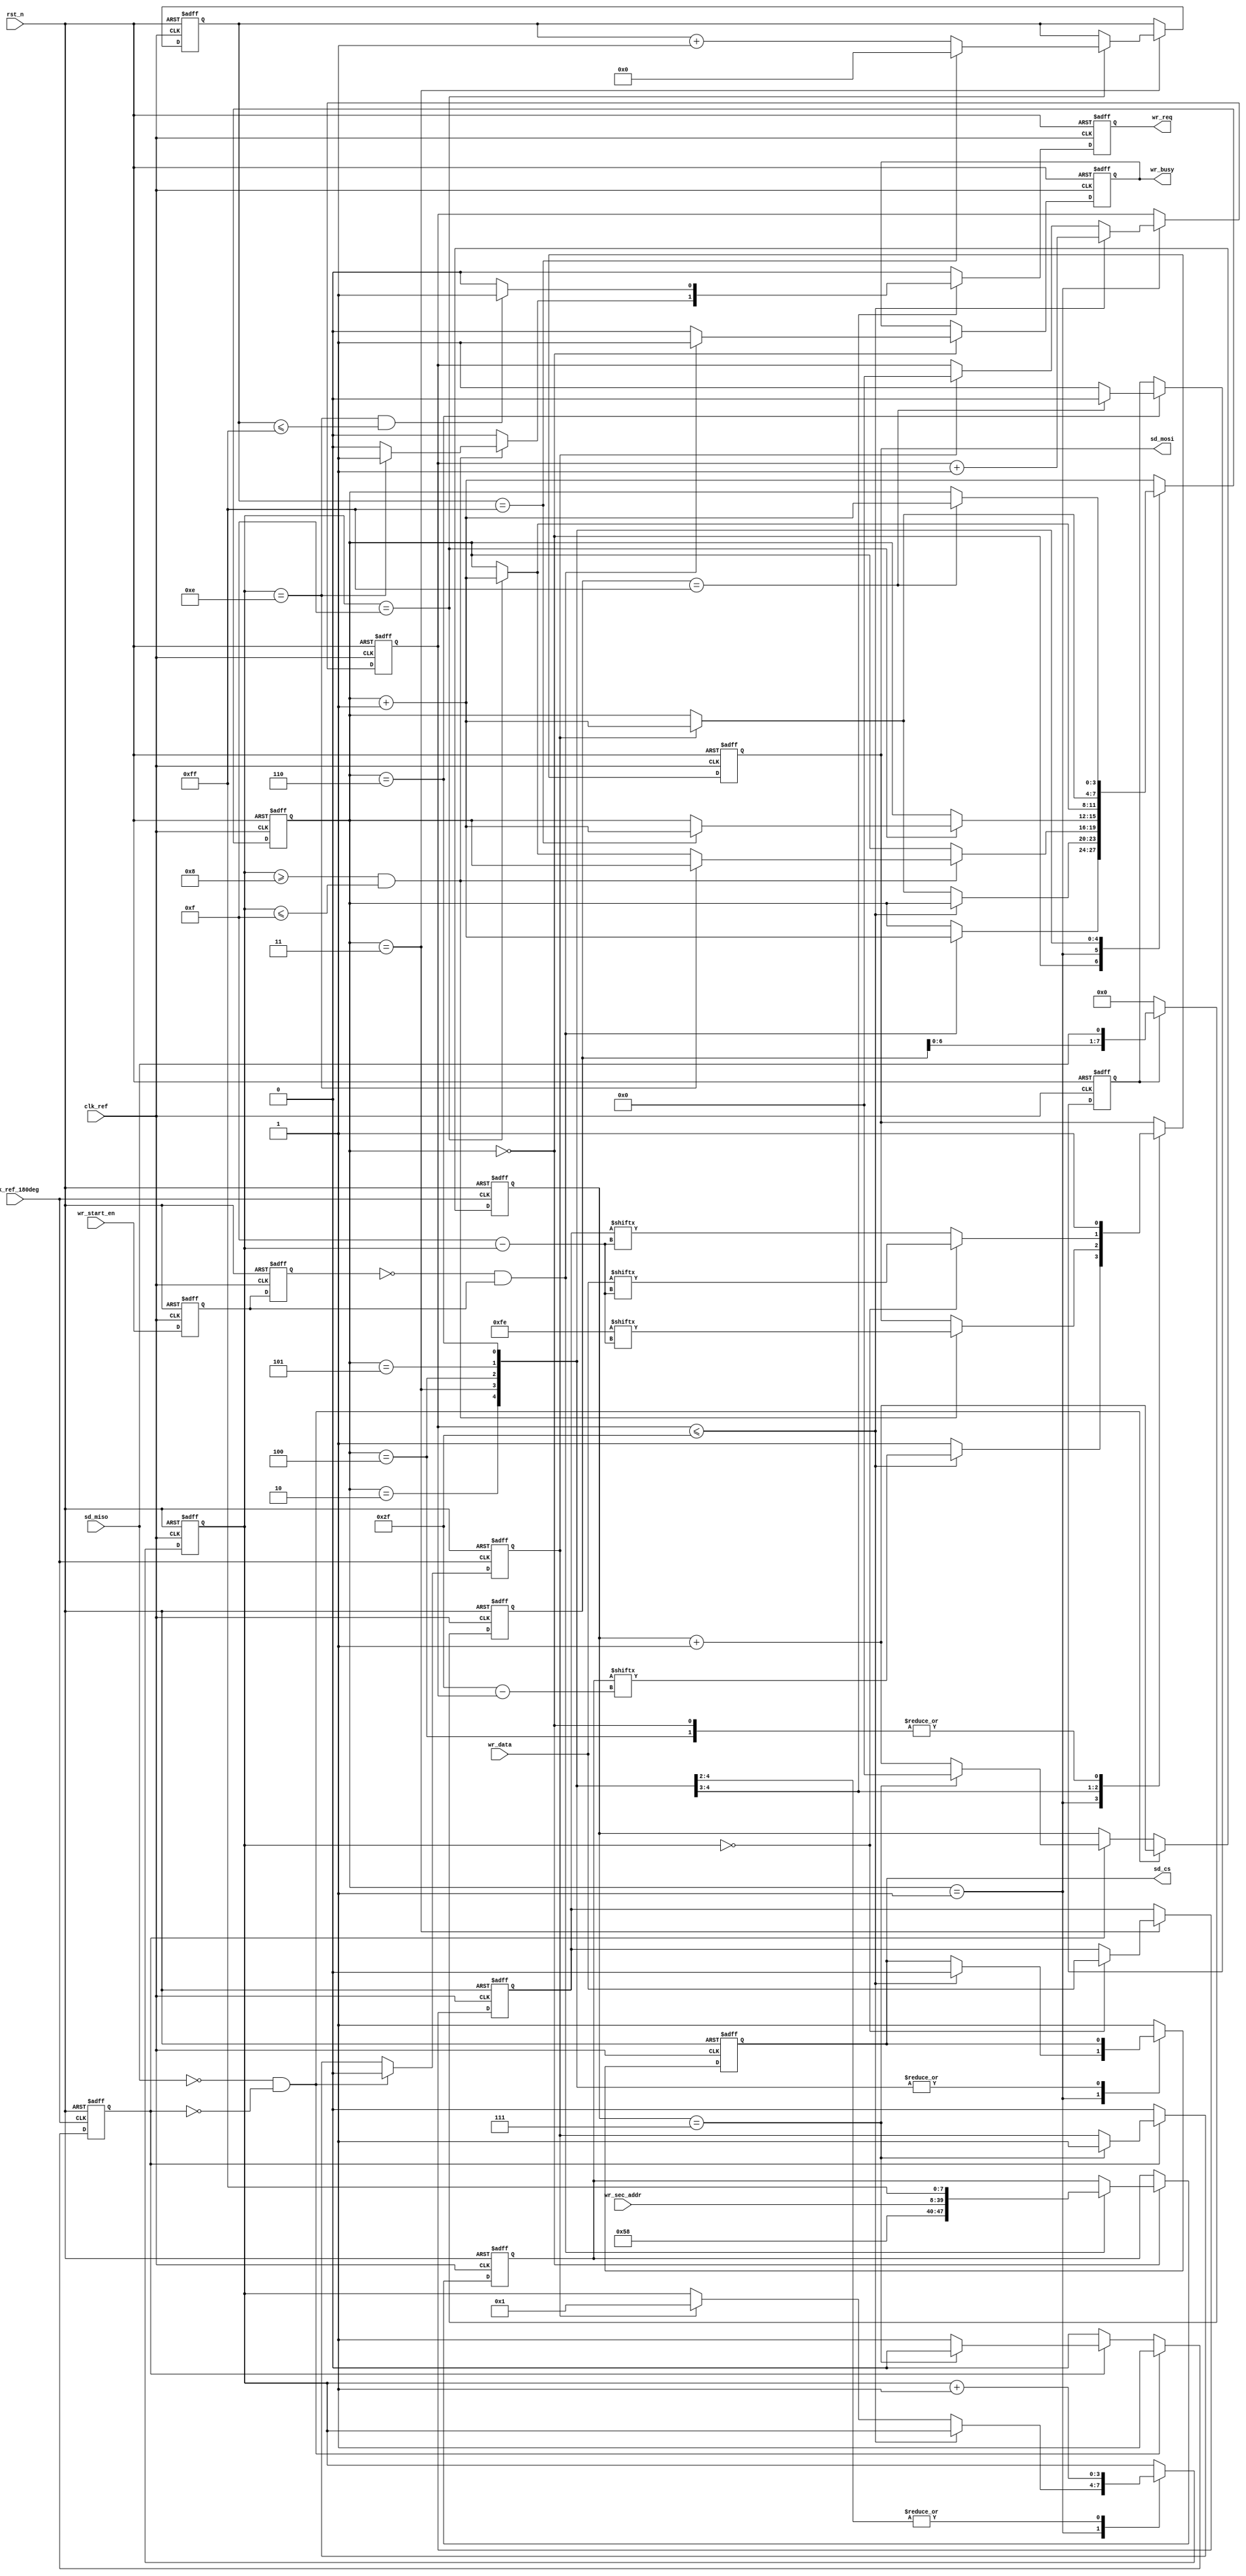
//****************************************Copyright (c)***********************************//
//www.openedv.com
//http://openedv.taobao.com 
//""FPGA & STM32
//
//Copyright(C)  2018-2028
//All rights reserved                               
//----------------------------------------------------------------------------------------
// File name:           sd_write
// Last modified Date:  2018/3/18 8:41:06
// Last Version:        V1.0
// Descriptions:        SD
//----------------------------------------------------------------------------------------
// Created by:          
// Created date:        2018/3/18 8:41:06
// Version:             V1.0
// Descriptions:        The original version
//
//----------------------------------------------------------------------------------------
//****************************************************************************************//

module sd_write(
    input                clk_ref       ,  //
    input                clk_ref_180deg,  //,clk_ref180
    input                rst_n         ,  //,
    //SD
    input                sd_miso       ,  //SDSPI
    output  reg          sd_cs         ,  //SDSPI
    output  reg          sd_mosi       ,  //SDSPI
    //    
    input                wr_start_en   ,  //SD
    input        [31:0]  wr_sec_addr   ,  //
    input        [15:0]  wr_data       ,  //                          
    output  reg          wr_busy       ,  //
    output  reg          wr_req           //
    );

//parameter define
parameter  HEAD_BYTE = 8'hfe    ;         //
                             
//reg define                    
reg            wr_en_d0         ;         //wr_start_en
reg            wr_en_d1         ;   
reg            res_en           ;         //SD      
reg    [7:0]   res_data         ;         //SD                 
reg            res_flag         ;         //
reg    [5:0]   res_bit_cnt      ;         //                   
                                
reg    [3:0]   wr_ctrl_cnt      ;         //
reg    [47:0]  cmd_wr           ;         //
reg    [5:0]   cmd_bit_cnt      ;         //
reg    [3:0]   bit_cnt          ;         //
reg    [8:0]   data_cnt         ;         //
reg    [15:0]  wr_data_t        ;         //
reg            detect_done_flag ;         //
reg    [7:0]   detect_data      ;         //

//wire define
wire           pos_wr_en        ;         //SD

//*****************************************************
//**                    main code
//*****************************************************

assign  pos_wr_en = (~wr_en_d1) & wr_en_d0;

//wr_start_en
always @(posedge clk_ref or negedge rst_n) begin
    if(!rst_n) begin
        wr_en_d0 <= 1'b0;
        wr_en_d1 <= 1'b0;
    end    
    else begin
        wr_en_d0 <= wr_start_en;
        wr_en_d1 <= wr_en_d0;
    end        
end 

//sd
//clk_ref_180deg(sd_clk)
always @(posedge clk_ref_180deg or negedge rst_n) begin
    if(!rst_n) begin
        res_en <= 1'b0;
        res_data <= 8'd0;
        res_flag <= 1'b0;
        res_bit_cnt <= 6'd0;
    end    
    else begin
        //sd_miso = 0 
        if(sd_miso == 1'b0 && res_flag == 1'b0) begin
            res_flag <= 1'b1;
            res_data <= {res_data[6:0],sd_miso};
            res_bit_cnt <= res_bit_cnt + 6'd1;
            res_en <= 1'b0;
        end    
        else if(res_flag) begin
            res_data <= {res_data[6:0],sd_miso};
            res_bit_cnt <= res_bit_cnt + 6'd1;
            if(res_bit_cnt == 6'd7) begin
                res_flag <= 1'b0;
                res_bit_cnt <= 6'd0;
                res_en <= 1'b1; 
            end                
        end  
        else
            res_en <= 1'b0;       
    end
end 

//SD
always @(posedge clk_ref or negedge rst_n) begin
    if(!rst_n)
        detect_data <= 8'd0;   
    else if(detect_done_flag)
        detect_data <= {detect_data[6:0],sd_miso};
    else
        detect_data <= 8'd0;    
end        

//SD
always @(posedge clk_ref or negedge rst_n) begin
    if(!rst_n) begin
        sd_cs <= 1'b1;
        sd_mosi <= 1'b1; 
        wr_ctrl_cnt <= 4'd0;
        wr_busy <= 1'b0;
        cmd_wr <= 48'd0;
        cmd_bit_cnt <= 6'd0;
        bit_cnt <= 4'd0;
        wr_data_t <= 16'd0;
        data_cnt <= 9'd0;
        wr_req <= 1'b0;
        detect_done_flag <= 1'b0;
    end
    else begin
        wr_req <= 1'b0;
        case(wr_ctrl_cnt)
            4'd0 : begin
                wr_busy <= 1'b0;                          //
                sd_cs <= 1'b1;                                 
                sd_mosi <= 1'b1;                               
                if(pos_wr_en) begin                            
                    cmd_wr <= {8'h58,wr_sec_addr,8'hff};    //CMD24
                    wr_ctrl_cnt <= wr_ctrl_cnt + 4'd1;      //1
                    //,
                    wr_busy <= 1'b1;                      
                end                                            
            end   
            4'd1 : begin
                if(cmd_bit_cnt <= 6'd47) begin              //
                    cmd_bit_cnt <= cmd_bit_cnt + 6'd1;
                    sd_cs <= 1'b0;
                    sd_mosi <= cmd_wr[6'd47 - cmd_bit_cnt]; //                 
                end    
                else begin
                    sd_mosi <= 1'b1;
                    if(res_en) begin                        //SD
                        wr_ctrl_cnt <= wr_ctrl_cnt + 4'd1;  //1 
                        cmd_bit_cnt <= 6'd0;
                        bit_cnt <= 4'd1;
                    end    
                end     
            end                                                                                                     
            4'd2 : begin                                       
                bit_cnt <= bit_cnt + 4'd1;     
                //bit_cnt = 0~7 8
                //bit_cnt = 8~15,8'hfe        
                if(bit_cnt>=4'd8 && bit_cnt <= 4'd15) begin
                    sd_mosi <= HEAD_BYTE[4'd15-bit_cnt];    //
                    if(bit_cnt == 4'd14)                       
                        wr_req <= 1'b1;                   //
                    else if(bit_cnt == 4'd15)                  
                        wr_ctrl_cnt <= wr_ctrl_cnt + 4'd1;  //1   
                end                                            
            end                                                
            4'd3 : begin                                    //
                bit_cnt <= bit_cnt + 4'd1;                     
                if(bit_cnt == 4'd0) begin                      
                    sd_mosi <= wr_data[4'd15-bit_cnt];      //     
                    wr_data_t <= wr_data;                   //   
                end                                            
                else                                           
                    sd_mosi <= wr_data_t[4'd15-bit_cnt];    //
                if((bit_cnt == 4'd14) && (data_cnt <= 9'd255)) 
                    wr_req <= 1'b1;                          
                if(bit_cnt == 4'd15) begin                     
                    data_cnt <= data_cnt + 9'd1;  
                    //BLOCK512 = 256 * 16bit             
                    if(data_cnt == 9'd255) begin
                        data_cnt <= 9'd0;            
                        //,1          
                        wr_ctrl_cnt <= wr_ctrl_cnt + 4'd1;      
                    end                                        
                end                                            
            end       
            //2CRC,SPI,8'hff                                         
            4'd4 : begin                                       
                bit_cnt <= bit_cnt + 4'd1;                  
                sd_mosi <= 1'b1;                 
                //crc,1              
                if(bit_cnt == 4'd15)                           
                    wr_ctrl_cnt <= wr_ctrl_cnt + 4'd1;            
            end                                                
            4'd5 : begin                                    
                if(res_en)                                  //SD   
                    wr_ctrl_cnt <= wr_ctrl_cnt + 4'd1;         
            end                                                
            4'd6 : begin                                    //           
                detect_done_flag <= 1'b1;                   
                //detect_data = 8'hff,SD,
                if(detect_data == 8'hff) begin              
                    wr_ctrl_cnt <= wr_ctrl_cnt + 4'd1;         
                    detect_done_flag <= 1'b0;                  
                end         
            end    
            default : begin
                //,,8
                sd_cs <= 1'b1;   
                wr_ctrl_cnt <= wr_ctrl_cnt + 4'd1;
            end     
        endcase
    end
end            

endmodule